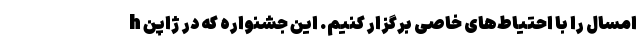
امسال را با احتیاط‌های خاصی برگزار کنیم. این جشنواره که در ژاپن h